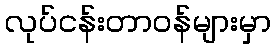
လုပ်ငန်းတာဝန်များမှာ